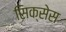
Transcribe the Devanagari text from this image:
सिक्सेस